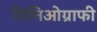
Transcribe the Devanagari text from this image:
सिनिओग्राफी